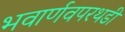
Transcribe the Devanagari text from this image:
भवार्णवपरथडी